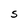
Character: S